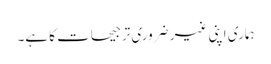
ہماری اپنی غیر ضروری ترجیحات کا ہے۔